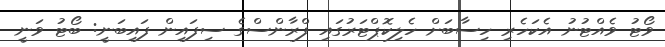
ވޯޓު ވެއްޓުނު އެކަހެރި ހިސާބަށް ހެލިކޮޕްޓަރުގައި ފްރާންސްގެ ސިފައިން ފައިބަނީ: ބޯޓު ވަނީ